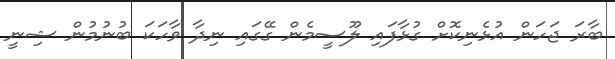
ބާރަ ޖަހަން އުޅެނިކޮށް ގުޅާފައި ލޫސީމެން ގޭގައި ނިދާ ވާހަކަ ބުނުމުން ޝިނީ